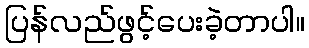
ပြန်လည်ဖွင့်ပေးခဲ့တာပါ။